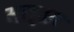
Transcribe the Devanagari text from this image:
मार्तम